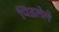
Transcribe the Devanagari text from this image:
पिडलेले